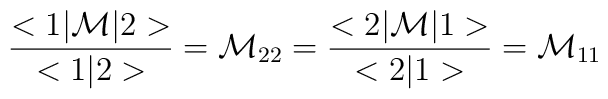
\frac{<1|{\cal M}|2>}{<1|2>}={\cal M}_{22}=\frac{<2|{\cal M}|1>}{<2|1>}={\cal M}_{11}